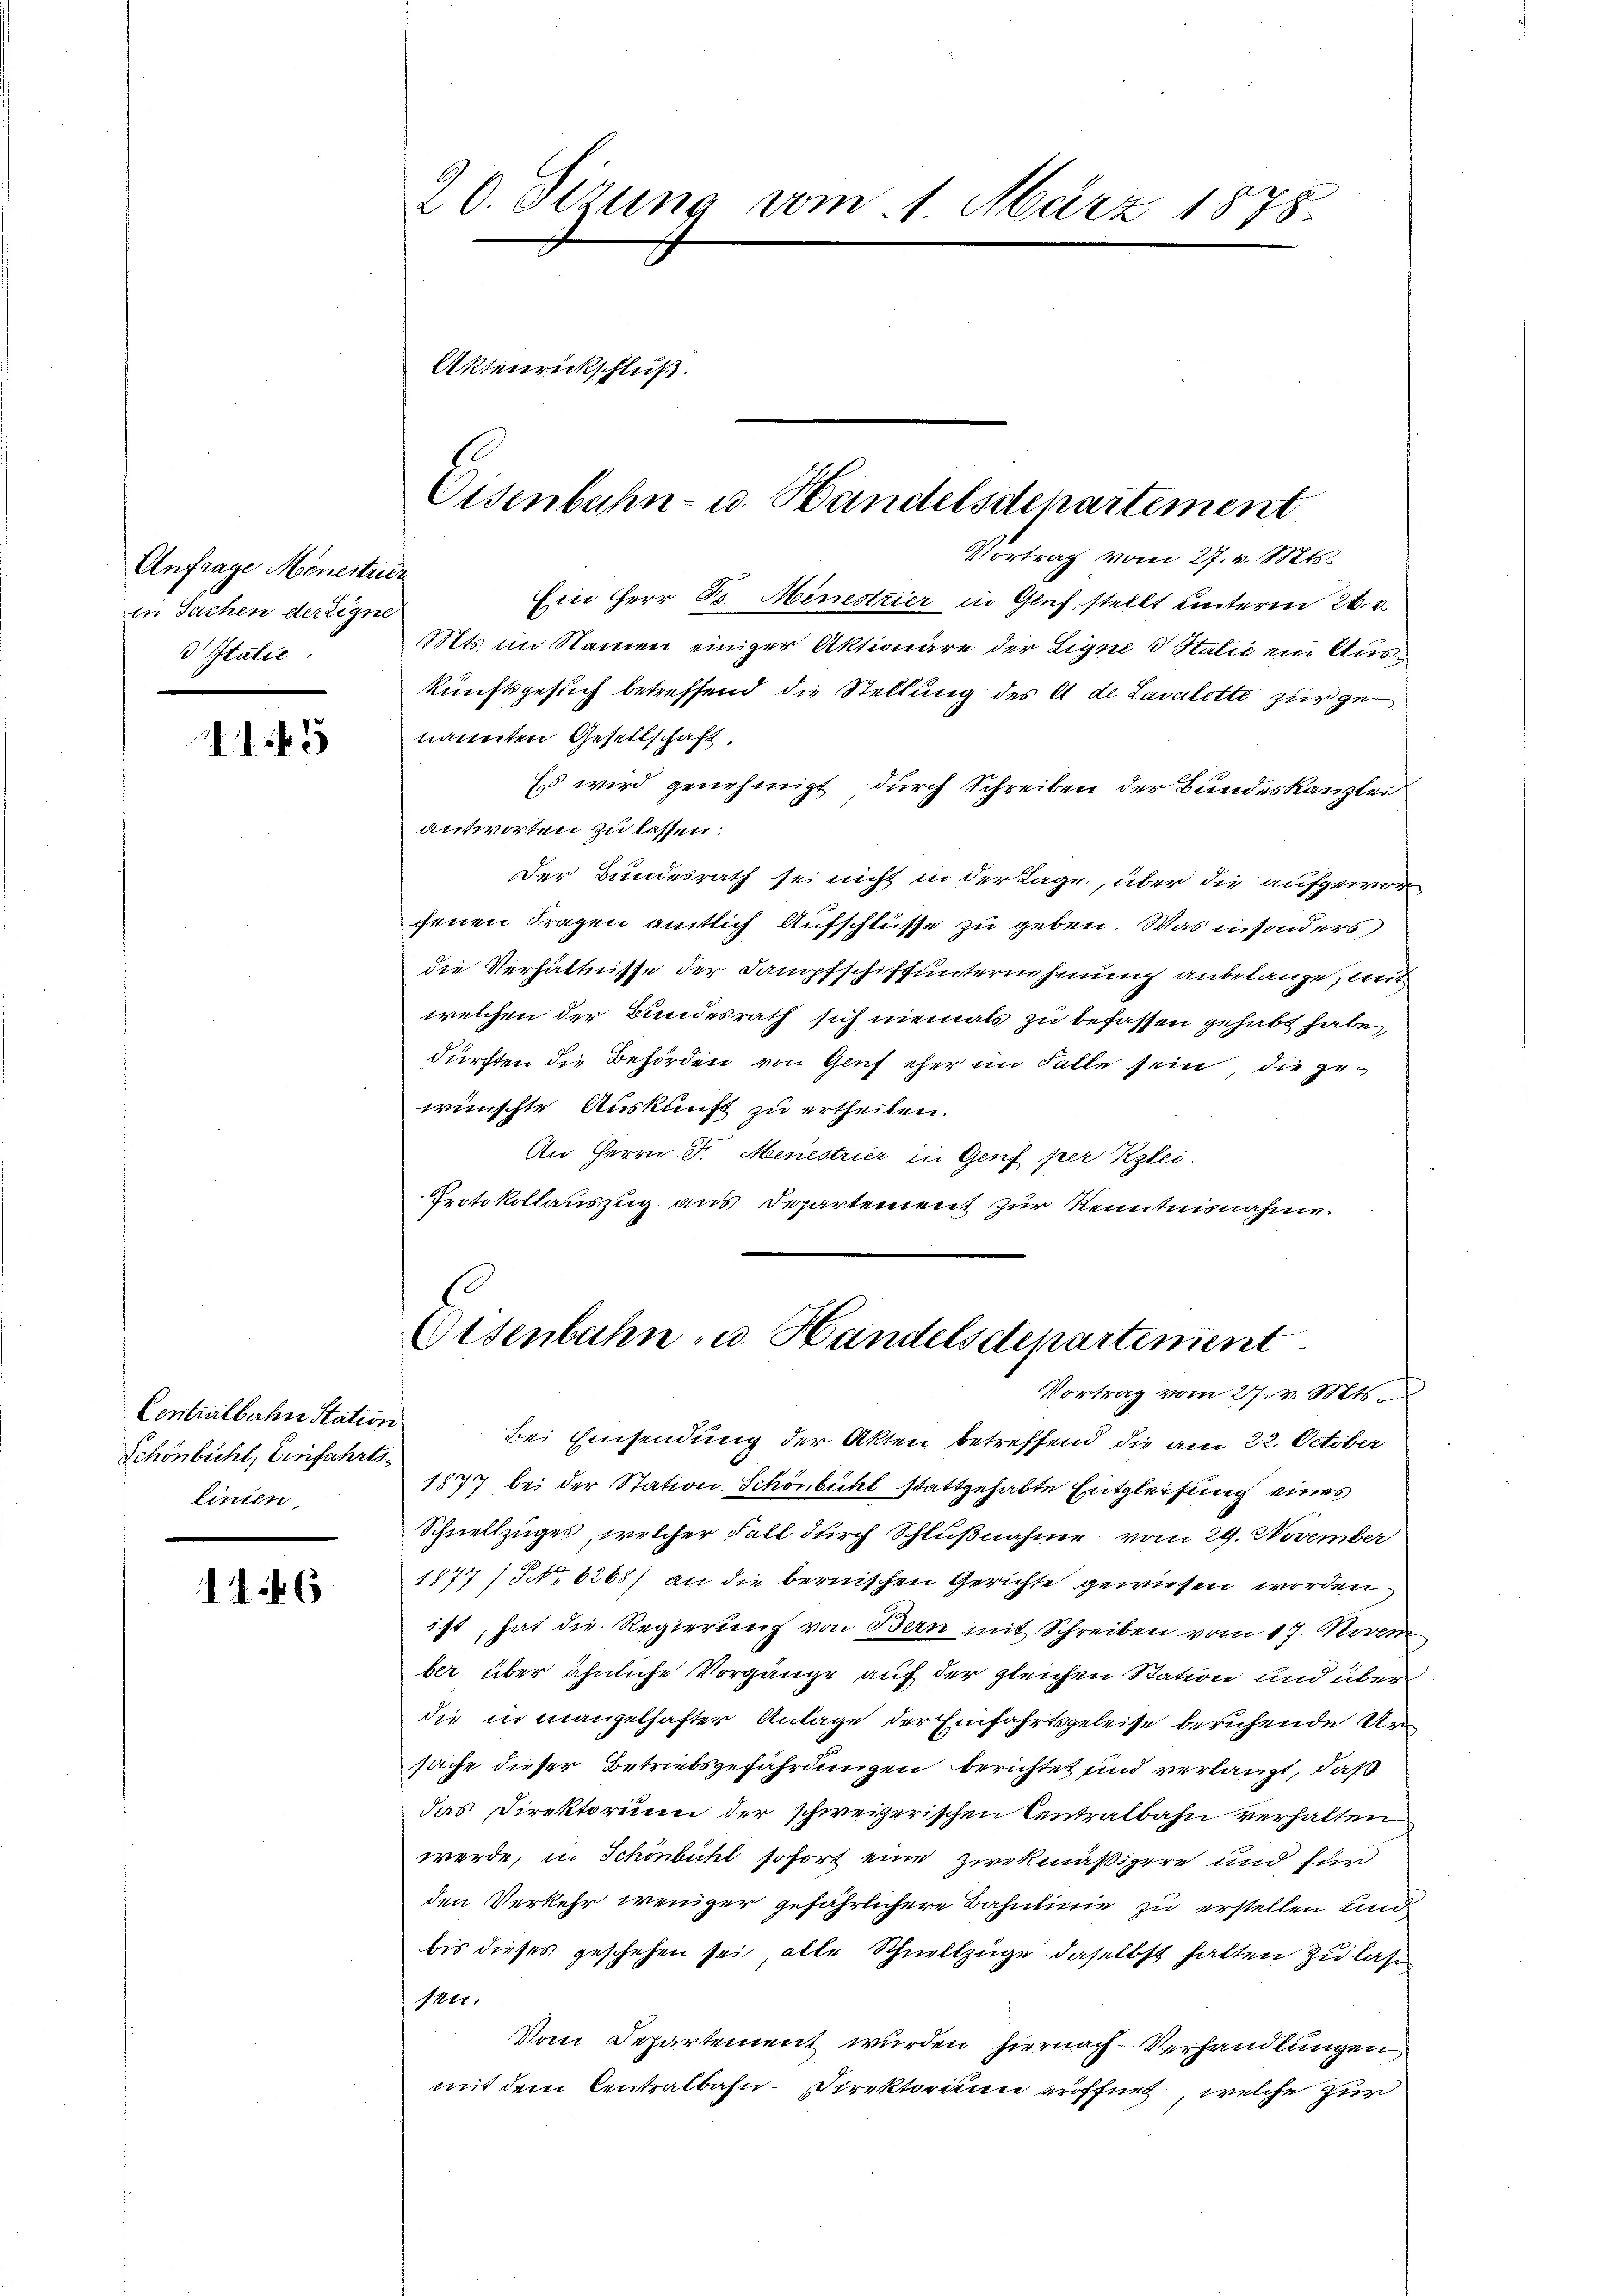
Anfrage Menestride
in Sachen dereigne
 Italie

115

Centralbahn Station
Schönbühl, Einfahrtslinien,

146

20. Otzung vom 1. März 1878.

Aktenrückschluß.

Vortrag vom 27. v. Mts.
Ein Herr Bs. Minestrier in Genf, stellt unterm 26. d.
Mts. im Namen einiger Aktionäre der Ligne d Statie ein Auskunftsgesuch betreffend die Stellung des A. de Lavalette zur gen
nannten Gesellschaft.
Es wird genehmigt, durch Schreiben der Bundeskanzlei
antworten zu lassen:
Der Bundesrath sei nicht in der Lage, über die aufgeworgenen Fragen amtlich Aufschlüsse zu geben. Was in sonders
die Verhältnisse der Dampfschiffunternehmung anbelange, mit
welchen der Bundesrath sich niemals zu befassen gehabt habe,
dürften die Behörden von Genf eher im Falle sein, die gewünschte Auskunft zu ertheilen.
An Herrn Dr. Menestrier in Genf per Klei
Protokollauszug aus Departement zur Kenntnisnahme.

Eisenbahn- u. Handelsdepartement

Eisenbahn- u. Handelsdepartement
Vortrag vom 27. v. Mts.

Bei Einsendung der Akten betreffend die am 22. October
1877 bei der Station. Schönbühl stattgehabte Entgleihung eines
Schnellzuges, welcher Fall durch Schlußnahme vom 29. November
1877 / No 6268) an die bernischen Gerichte gewiesen worden
ist, hat die Regierung von Bern mit Schreiben vom 17. Novem
ber über ähnliche Vorgänge auf der gleichen Station und über
die in mangelhafter Anlage der Einfahrtsgeleise beruhende Ursache dieser Betriebsgefährdungen berichtet sind verlangt, daß
das Direktorium der schweizerischen Centralbahn verhalten
werde, in Schönbühl sofort eine zwekmäßigere und für
den Verkehr weniger gefährlichere Bahnlinie zu erstellen und
bis dieses geschehen sei, alle Schnellzüge daselbst halten zu lase
sen.
Vom Departement wurden hiernach Verhandlungen,
mit dem Centralbahn. Direktorium eröffnet welche zur